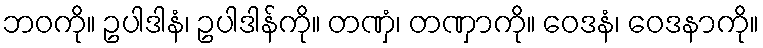
ဘဝကို။ ဥပါဒါနံ၊ ဥပါဒါန်ကို။ တဏှံ၊ တဏှာကို။ ဝေဒနံ၊ ဝေဒနာကို။